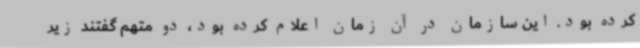
کرده بود. این سازمان در آن زمان اعلام کرده بود، دو متهم گفتند زیر